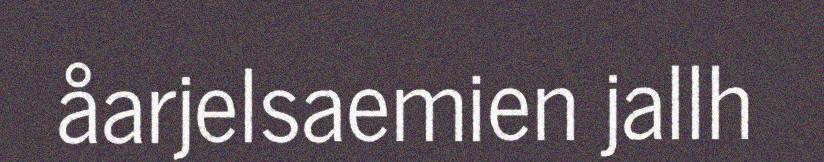
åarjelsaemien jallh